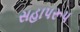
સહાપરૂપ